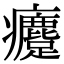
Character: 𤼗